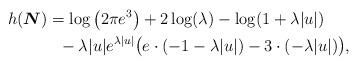
LaTeX: \begin{align*} h(\boldsymbol{N}) &= \log \left( 2\pi e^3\right) + 2\log(\lambda) - \log (1+\lambda|u|) \\ &~~ - \lambda |u| e^{\lambda |u|} \big( e \cdot (-1-\lambda |u|) - 3 \cdot (-\lambda |u|) \big) ,\end{align*}